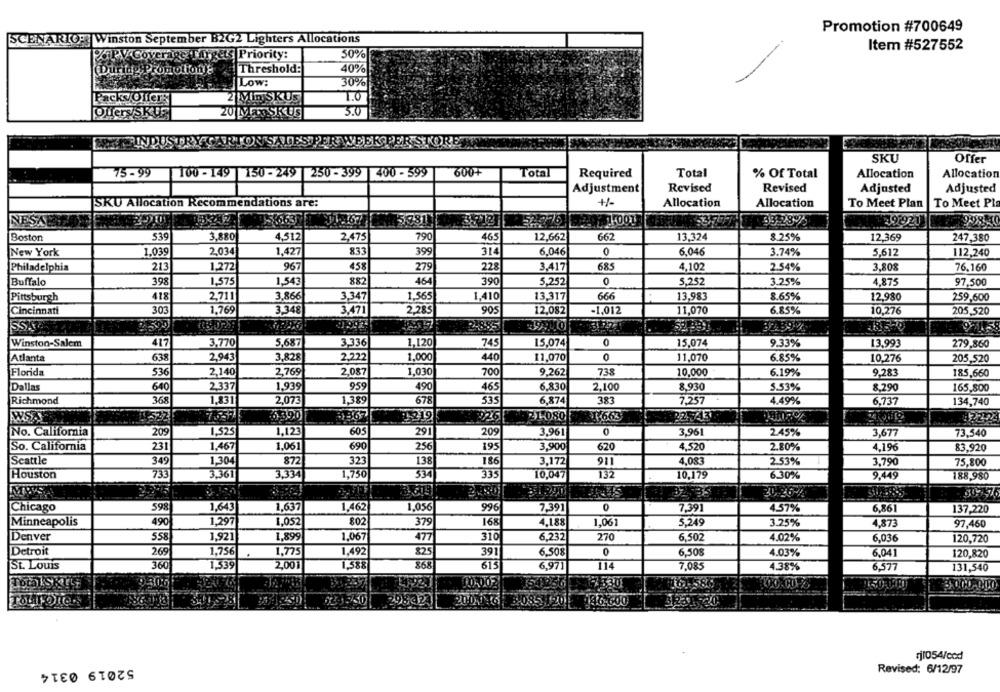
Promotion #700649
SCENARIO: Winston September B2G2 Lighters Allocations
Item #527552
PGPV Coverage
Trgets Priority:
50%
.Threshold:
40%
During Promotionje
Low:
30%
Packs Offers
2 Min SKUS
T.O
3.0
Offers/SKU
20 MESSKUS
SKU
Offer
600+
Total
Total
75 - 99
100 - 149 150 - 249 250 - 399 400 - 599
Required
% Of Total
Allocation
Allocation
Adjustment
Revised
Revised
Adjusted
Adjusted
SKU Allocation Recommendations are:
Allocation
Allocation
To Meet Plan
To Meet Pla
NESTE
781
53
33328%
292921
Boston
539
3,880
4,512
2,475
790
465
12,662
662
13,324
8.25%
12.369
247,380
New York
1.039
2.034
1,427
833
399
314
6,046
0
6,046
3.74%
5,612
112,240
Philadelphia
213
1.272
967
458
279
228
3,417
685
4,102
2.54%
3,808
76.160
Buffalo
398
1.575
1,543
882
464
390
5,252
0
5.252
3.25%
4.875
97,500
Pittsburgh
418
2,711
3,866
3,347
1,565
1,410
13,317
666
13,983
8.65%
12.980
259,600
Cincinnati
303
1,769
3,348
3,471
2,285
905
12,082
-1,012
11,070
6.85%
10,276
205,520
SSI
52.337
32439 %
Winston-Salem
417
3,770
5,687
3,336
1,120
745
15,074
0
15,074
9.33%
13,993
279,860
Atlanta
638
2,943
3,828
2,222
1.000
440
11,070
0
11,070
6.85%
10.276
205,520
Florida
536
2,140
2,769
2,087
1,030
700
9.262
738
10,000
6.19%
9,283
185,660
Dallas
640
2,337
1,939
959
490
465
6,830
2,100
8.930
5.53%
8.290
165,800
Richmond
368
1,831
2,073
1,389
678
535
6,874
383
7,257
4.49%
6,737
134,740
522
2-219
22543
12.2.24
5390
31-0801
1.663
No. California
209
1,525
1,123
605
291
209
3,961
3,961
2.45%
3,677
73,540
So. California
231
1.467
1,061
690
256
195
3,900
620
4.520
2.80%
4.196
83.920
Seattle
349
1,304
872
323
138
186
3,172
911
4,083
2.53%
3,790
75,800
Houston
733
3,361
3,334
1,750
534
335
10,047
132
10,179
6.30%
9.449
188,980
1.290
20.26-4
Chicago
598
1,643
1,637
1,462
1.056
996
7,391
0
7.391
4.57%
6,861
137,220
Minneapolis
490
1,297
1,052
802
379
168
4,188
1,061
5.249
3.25%
4,873
97,460
Denver
558
1,921
1,899
1,067
477
310
6,232
270
6,502
4.02%
6,036
120,720
Detroit
269
1,75€
1,775
1.492
325
391
6,50%
0
6,508
4.03%
6,041
120,820
St. Louis
360
1,339
2,001
1,588
868
613
5.971
7,085
4.38%
6,577
131,540
Total!SK
195301
200 146 3/085 1201
1231720
rj1054/cod
52019 0314
Revised: 6/12/97